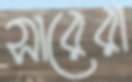
সারেরা